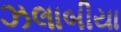
ઝલાબીયા